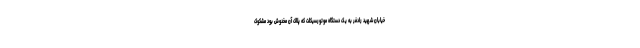
خیابان شهید رادفر به یک دستگاه موتورسیکلت که پلاک آن مخدوش بود مشکوک